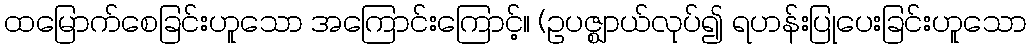
ထမြောက်စေခြင်းဟူသော အကြောင်းကြောင့်။ (ဥပဇ္ဈာယ်လုပ်၍ ရဟန်းပြုပေးခြင်းဟူသော